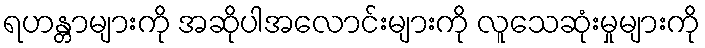
ရဟန္တာများကို အဆိုပါအလောင်းများကို လူသေဆုံးမှုများကို